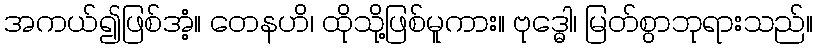
အကယ်၍ဖြစ်အံ့။ တေနဟိ၊ ထိုသို့ဖြစ်မူကား။ ဗုဒ္ဓေါ၊ မြတ်စွာဘုရားသည်။